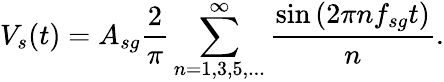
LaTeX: V_{s}(t)=A_{sg}\frac{2}{\pi}\sum_{n=1,3,5,...}^{\infty}\frac{\sin\left(2\pi nf_{sg}t\right)}{n}.